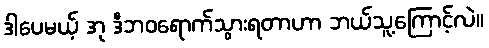
ဒါပေမယ့် အု ဒီဘဝရောက်သွားရတာဟာ ဘယ်သူ့ကြောင့်လဲ။